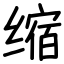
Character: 缩